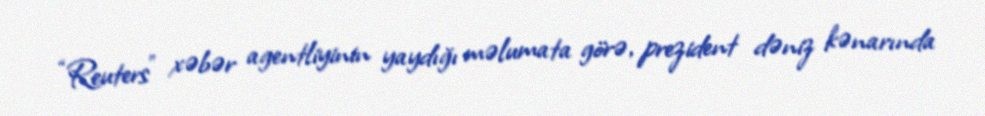
“Reuters” xəbər agentliyinin yaydığı məlumata görə, prezident dəniz kənarında